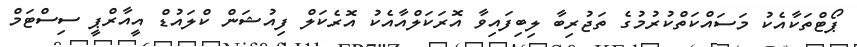
ޕޯޓްތަކާއެކު މަސައްކަތްކުރުމުގެ ތަޖުރިބާ ލިބިފައިވާ އޮރަކަލްއާއެކު އޮރެކަލް ފިއުޝަން ކްލައުޑް އީއާރްޕީ ސިސްޓަމް